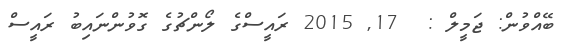
ބޭއްވުން: ޖަމީލް :  17